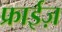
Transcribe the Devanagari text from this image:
फ्राईज़